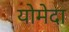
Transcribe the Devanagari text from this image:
योमेदा